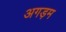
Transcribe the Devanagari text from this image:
अगड़म